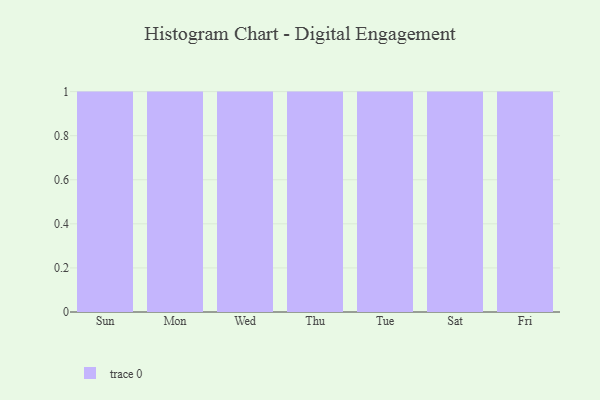
{"axis": {"x": "Day", "y": "Operating Costs (USD K)"}, "legend": [""], "data": [{"x": "Sun", "y": 20, "type": ""}, {"x": "Mon", "y": 66, "type": ""}, {"x": "Wed", "y": 29, "type": ""}, {"x": "Thu", "y": 1, "type": ""}, {"x": "Tue", "y": 58, "type": ""}, {"x": "Sat", "y": 48, "type": ""}, {"x": "Fri", "y": 74, "type": ""}]}